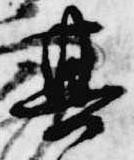
其